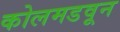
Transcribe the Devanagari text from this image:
कोलमडवून